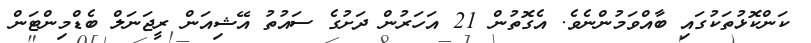
ކަންކޮޅުތަކުގައި ބާއްވަމުންނެވެ. އެގޮތުން 21 އަހަރުން ދަށުގެ ސައުތު އޭޝިއަން ރީޖަނަލް ބެޑްމިންޓަން